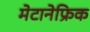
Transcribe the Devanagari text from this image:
मेटानेफ्रिक